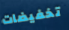
تخفيضات